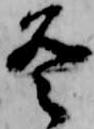
冬